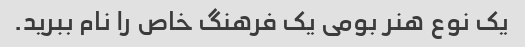
یک نوع هنر بومی یک فرهنگ خاص را نام ببرید.